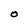
Character: O